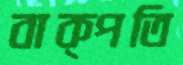
বাক্‌পতি